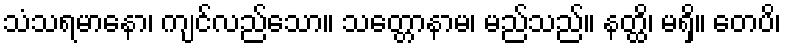
သံသရမာနော၊ ကျင်လည်သော။ သတ္တောနာမ၊ မည်သည်။ နတ္ထိ၊ မရှိ။ တေပိ၊